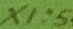
Text: X1:5